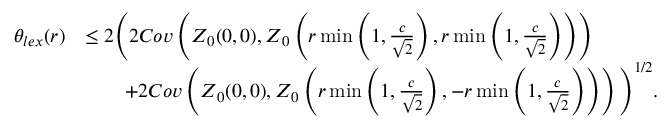
\begin{array} { r l } { \theta _ { l e x } ( r ) } & { \leq 2 \Bigg ( 2 C o v \left( \boldsymbol { Z } _ { 0 } ( 0 , 0 ) , \boldsymbol { Z } _ { 0 } \left( r \operatorname* { m i n } \left( 1 , \frac { c } { \sqrt { 2 } } \right) , r \operatorname* { m i n } \left( 1 , \frac { c } { \sqrt { 2 } } \right) \right) \right) } \\ & { \qquad + 2 C o v \left( \boldsymbol { Z } _ { 0 } ( 0 , 0 ) , \boldsymbol { Z } _ { 0 } \left( r \operatorname* { m i n } \left( 1 , \frac { c } { \sqrt { 2 } } \right) , - r \operatorname* { m i n } \left( 1 , \frac { c } { \sqrt { 2 } } \right) \right) \right) \Bigg ) ^ { 1 / 2 } . } \end{array}